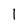
Character: 1